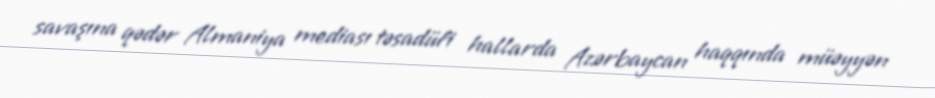
savaşına qədər Almaniya mediası təsadüfi hallarda Azərbaycan haqqında müəyyən